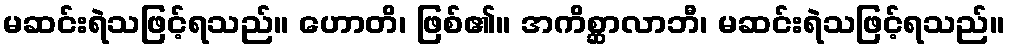
မဆင်းရဲသဖြင့်ရသည်။ ဟောတိ၊ ဖြစ်၏။ အကိစ္ဆာလာဘီ၊ မဆင်းရဲသဖြင့်ရသည်။